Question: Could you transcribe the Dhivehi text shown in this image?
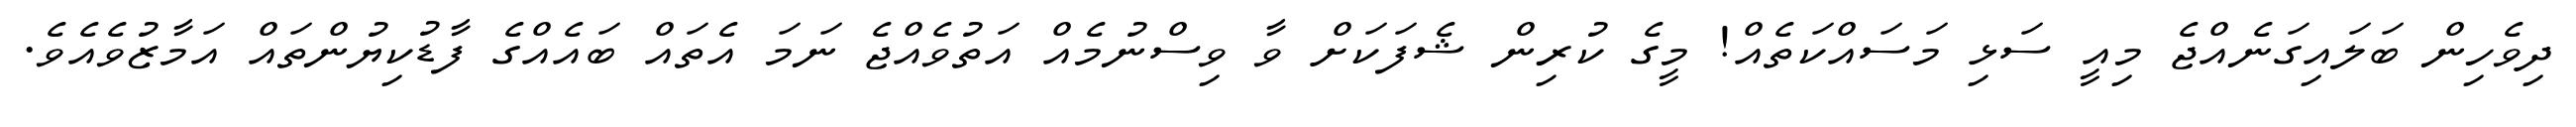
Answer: ދިވެހިން ބަލައިގަނެއްޖެ މިއީ ސަޅި މަސައްކަތެއް! މީގެ ކުރިން ޝެފަކަށް ވާ ވިސްނުމެއް އަތުވެއްޖެ ނަމަ އެތައް ބައެއްގެ ފާޑުކިޔުންތައް އަމާޒުވެއެވެ.